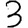
Digit: 3